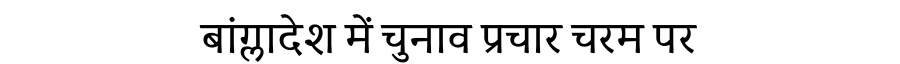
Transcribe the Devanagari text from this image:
बांग्लादेश में चुनाव प्रचार चरम पर